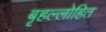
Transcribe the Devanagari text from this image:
बृहल्लोहित